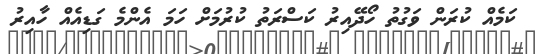
ކަމެއް ކުރަން ވަގުތު ހޯދޭއިރު ކަސްރަތު ކުރުމަށް ހަމަ އެންމެ ގަޑިއެއް ހާއިރު